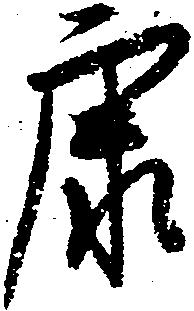
康